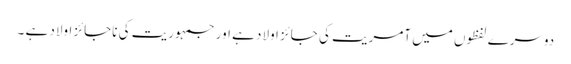
دوسرے لفظوں میں آمریت کی جائز اولاد ہے اور جمہوریت کی ناجائز اولاد ہے ۔